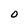
Character: O